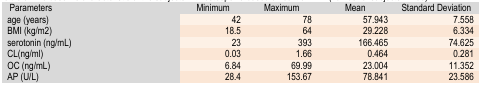
| Parameters | Minimum | Maximum | Mean | Std. Deviation |
 | --- | --- | --- | --- | --- |
 | age (years) | 42 | 78 | 57.943 | 7.558 |
 | BMI (kg/m2) | 18.5 | 64 | 29.228 | 6.334 |
 | serotonin (ng/mL) | 23 | 393 | 166.465 | 74.625 |
 | CL(ng/ml) | 0.03 | 1.66 | 0.464 | 0.281 |
 | OC(ng/ml) | 6.84 | 69.99 | 23.004 | 11.352 |
 | AP (U/L) | 28.4 | 153.67 | 78.841 | 23.586 |